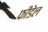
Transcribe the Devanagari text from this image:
फीडेल